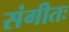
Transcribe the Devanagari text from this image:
संगीतः